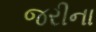
જરીના